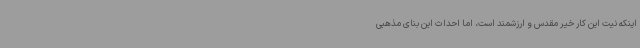
اینکه نیت این کار خیر مقدس و ارزشمند است، اما احداث این بنای مذهبی